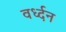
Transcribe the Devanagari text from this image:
वर्ध्दन